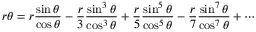
r \theta = { r { \frac { \sin \theta } { \cos \theta } } } - { \frac { r } { 3 } } { \frac { \sin ^ { 3 } \theta } { \cos ^ { 3 } \theta } } + { \frac { r } { 5 } } { \frac { \sin ^ { 5 } \theta } { \cos ^ { 5 } \theta } } - { \frac { r } { 7 } } { \frac { \sin ^ { 7 } \theta } { \cos ^ { 7 } \theta } } + \cdots